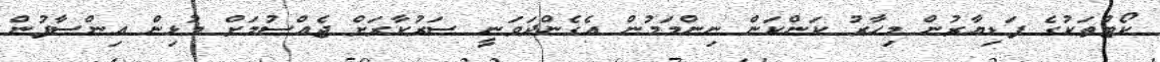
ކޯޓުތަކުގެ ފަޑިޔާރުން މިހާރު ކަންކަން ނިންމަމުން އެގެންދަވަނީ ސަރުކާރަށް ޖެއްސުމަށް މުޅިން އިންސާފުން